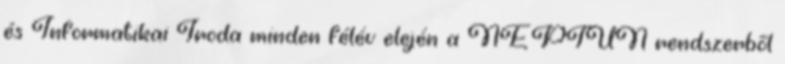
és Informatikai Iroda minden félév elején a NEPTUN rendszerből